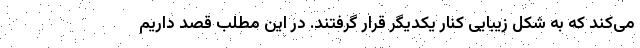
می‌کند که به شکل زیبایی کنار یکدیگر قرار گرفتند. در این مطلب قصد داریم